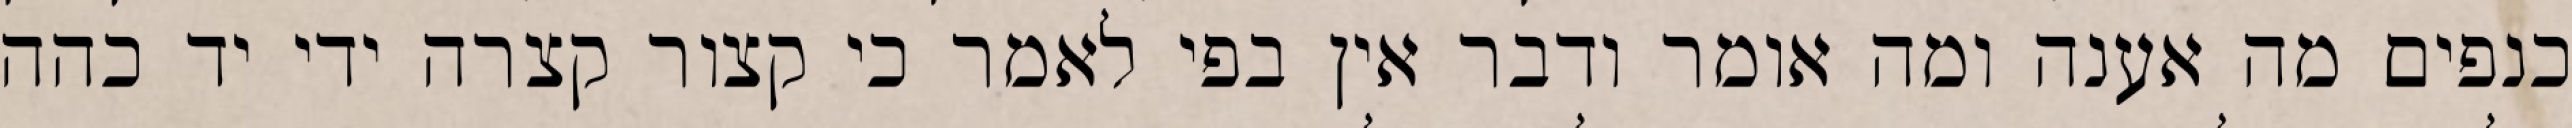
כנפים מה אענה ומה אומר ודבר אין בפי לאמר כי קצור קצרה ידי יד כהה